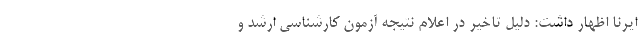
ایرنا اظهار داشت: دلیل تاخیر در اعلام نتیجه آزمون کارشناسی ارشد و